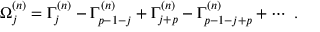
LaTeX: \Omega _ { j } ^ { ( n ) } = \Gamma _ { j } ^ { ( n ) } - \Gamma _ { p - 1 - j } ^ { ( n ) } + \Gamma _ { j + p } ^ { ( n ) } - \Gamma _ { p - 1 - j + p } ^ { ( n ) } + \cdots ~ .